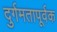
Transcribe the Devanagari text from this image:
दुर्गमतापूर्वक